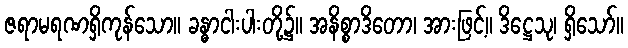
ဇရာမရဏရှိကုန်သော။ ခန္ဓာငါးပါးတို့၌။ အနိစ္စာဒိတော၊ အားဖြင့်။ ဒိဋ္ဌေသု၊ ရှိသော်။